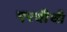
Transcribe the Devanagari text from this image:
एरवीची